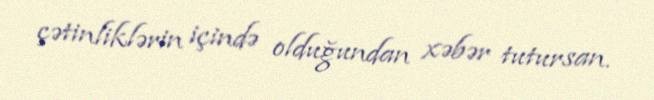
çətinliklərin içində olduğundan xəbər tutursan.